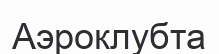
Аэроклубта